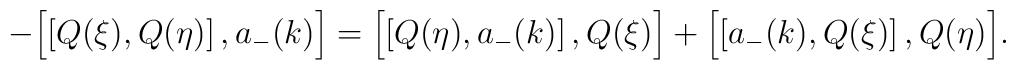
- \Bigl[ \left[ Q(\xi) , Q(\eta) \right] , a_- (k) \Bigr] = \Bigl[ \left[    Q(\eta) , a_- (k) \right] , Q(\xi) \Bigr] + \Bigl[ \left[ a_- (k) , Q(\xi)    \right] , Q(\eta) \Bigr] .